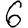
Digit: 6